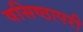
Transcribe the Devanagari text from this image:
वसिष्ठापरी